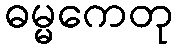
ဓမ္မကေတု